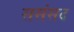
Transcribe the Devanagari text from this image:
ससंसद